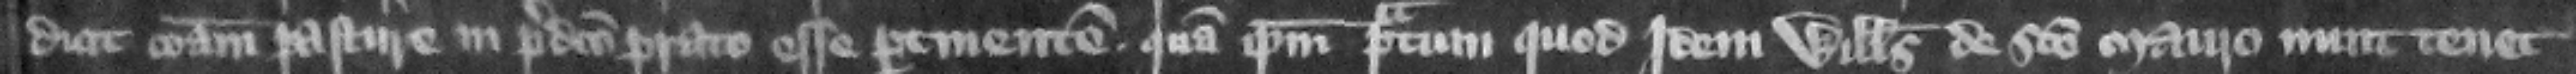
dicit communam pasture in predicto prato esse pertinentem quam ipsum pratum quod idem Willelmus de Sancto Mauro nunc tenet